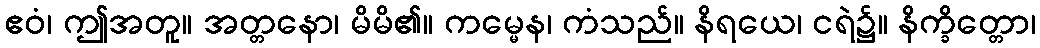
ဧဝံ၊ ဤအတူ။ အတ္တနော၊ မိမိ၏။ ကမ္မေန၊ ကံသည်။ နိရယေ၊ ငရဲ၌။ နိက္ခိတ္တော၊